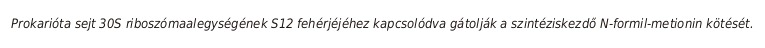
Prokarióta sejt 30S riboszómaalegységének S12 fehérjéjéhez kapcsolódva gátolják a szintéziskezdő N-formil-metionin kötését.